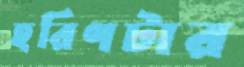
হরিণটার